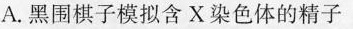
A.黑围棋子模拟含X染色体的精子